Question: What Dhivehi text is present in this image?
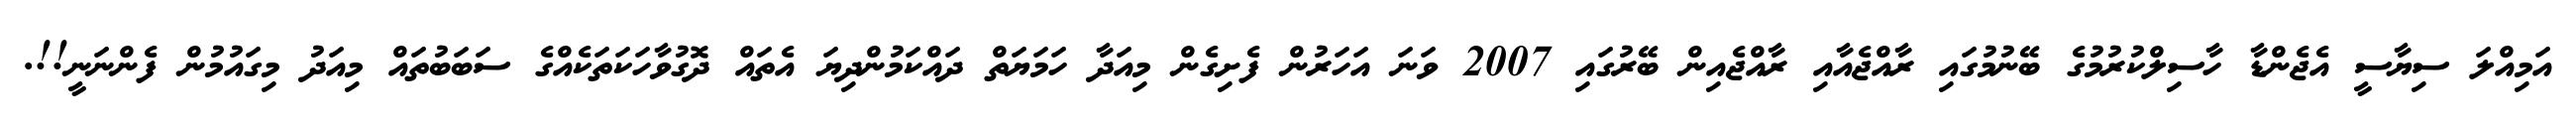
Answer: އަމިއްލަ ސިޔާސީ އެޖެންޑާ ހާސިލްކުރުމުގެ ބޭނުމުގައި ރާއްޖެއާއި ރާއްޖެއިން ބޭރުގައި 2007 ވަނަ އަހަރުން ފެށިގެން މިއަދާ ހަމަޔަތް ދައްކަމުންދިޔަ އެތައް ދޮގުވާހަކަތަކެއްގެ ސަބަބުތައް މިއަދު މިގައުމުން ފެންނަނީ!!.